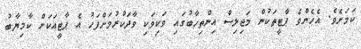
ކަމަށެވެ. އެހެންވެ ޕާޓީތަކުން މަޖިލިސް އިންތިހާބުގައި ވަކިވަކި ވާދަކުރުމަށްފަހު އެ ޕާޓީއަކަށް ކާމިޔާބު